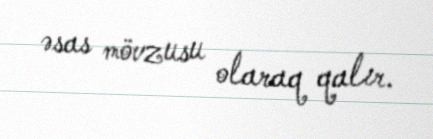
əsas mövzusu olaraq qalır.